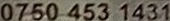
0750 453 1431